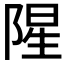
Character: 𮸩